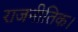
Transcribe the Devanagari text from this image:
राजनीतिक।